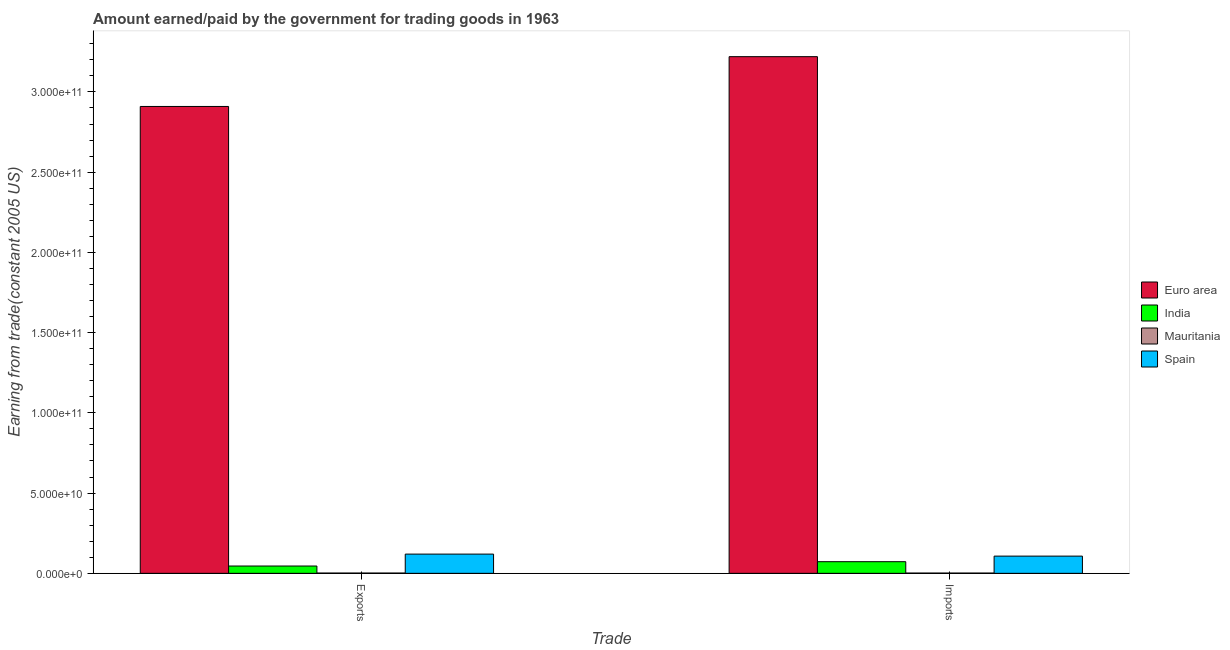
| Trade | Euro area | India | Mauritania | Spain |
 | --- | --- | --- | --- | --- |
 | Exports | 2.91e+11 | 4.56e+09 | 1.69e+08 | 1.2e+10 |
 | Imports | 3.22e+11 | 7.25e+09 | 1.6e+08 | 1.07e+10 |